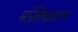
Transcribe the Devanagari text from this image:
मस्तिष्कवरण